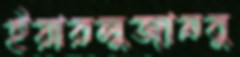
ইয়ারলুজানবু